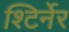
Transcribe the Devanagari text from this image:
श्टिर्नेर